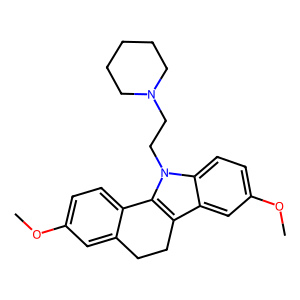
SMILES: COc1ccc2c(c1)CCc1c-2n(CCN2CCCCC2)c2ccc(OC)cc12
Inhibits HIV replication: No